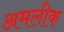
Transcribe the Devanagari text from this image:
अमलीक